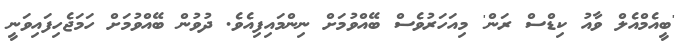
'ބީއެމްއެލް ވާއު ކިޑްސް ރަން' މިއަހަރުވެސް ބޭއްވުމަށް ނިންމައިފިއެވެ. ދުވުން ބޭއްވުމަށް ހަމަޖެހިފައިވަނީ